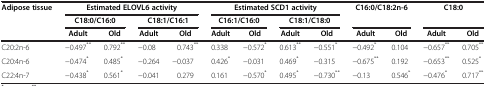
<table><thead><tr><td rowspan="3"><b>Adipose tissue</b></td><td colspan="4"><b>Estimated ELOVL6 activity</b></td><td colspan="4"><b>Estimated SCD1 activity</b></td><td rowspan="2" colspan="2"><b>C16:0/C18:2n-6</b></td><td rowspan="2" colspan="2"><b>C18:0</b></td></tr><tr><td colspan="2"><b>C18:0/C16:0</b></td><td colspan="2"><b>C18:1/C16:1</b></td><td colspan="2"><b>C16:1/C16:0</b></td><td colspan="2"><b>C18:1/C18:0</b></td></tr><tr><td><b>Adult</b></td><td><b>Old</b></td><td><b>Adult</b></td><td><b>Old</b></td><td><b>Adult</b></td><td><b>Old</b></td><td><b>Adult</b></td><td><b>Old</b></td><td><b>Adult</b></td><td><b>Old</b></td><td><b>Adult</b></td><td><b>Old</b></td></tr></thead><tbody><tr><td>C20:2n-6</td><td>−0.497<sup>**</sup></td><td>0.792<sup>**</sup></td><td>−0.08</td><td>0.743<sup>**</sup></td><td>0.338</td><td>−0.572<sup>*</sup></td><td>0.613<sup>**</sup></td><td>−0.551<sup>*</sup></td><td>−0.492<sup>*</sup></td><td>0.104</td><td>−0.657<sup>**</sup></td><td>0.705<sup>**</sup></td></tr><tr><td>C20:4n-6</td><td>−0.474<sup>*</sup></td><td>0.485<sup>*</sup></td><td>−0.264</td><td>−0.037</td><td>0.426<sup>*</sup></td><td>−0.031</td><td>0.469<sup>*</sup></td><td>−0.315</td><td>−0.675<sup>**</sup></td><td>0.192</td><td>−0.653<sup>**</sup></td><td>0.525<sup>*</sup></td></tr><tr><td>C22:4n-7</td><td>−0.438<sup>*</sup></td><td>0.561<sup>*</sup></td><td>−0.041</td><td>0.279</td><td>0.161</td><td>−0.570<sup>*</sup></td><td>0.495<sup>*</sup></td><td>−0.730<sup>**</sup></td><td>−0.13</td><td>0.546<sup>*</sup></td><td>−0.476<sup>*</sup></td><td>0.717<sup>**</sup></td></tr></tbody></table>